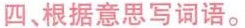
四，根据意思写词语。